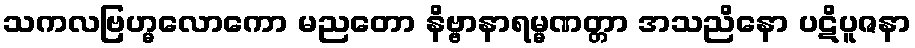
သကလဗြဟ္မလောကော မညတော နိဗ္ဗာနာရမ္မဏတ္တာ အသညိနော ပဋိပူဇနာ